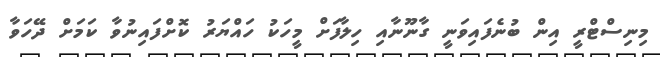
މިނިސްޓްރީ އިން ބުނެފައިވަނީ ގާނޫނާއި ހިލާފަށް މީހަކު ހައްޔަރު ކޮށްފައިނުވާ ކަމަށް ދޭހަވާ